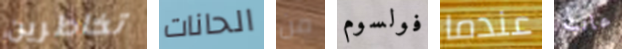
تخاطرين الحانات من فولسوم عندما عانت